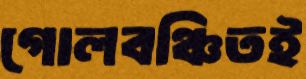
গোলবঞ্চিতই